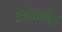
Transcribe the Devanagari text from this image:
छत्तीसगढ़ियों